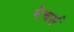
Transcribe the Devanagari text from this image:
नेचर्स